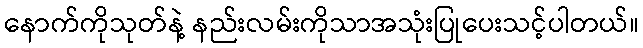
နောက်ကိုသုတ်နဲ့ နည်းလမ်းကိုသာအသုံးပြုပေးသင့်ပါတယ်။